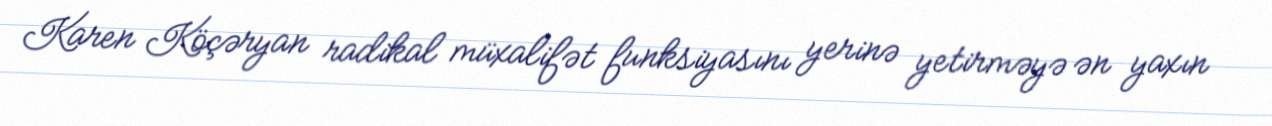
Karen Köçəryan radikal müxalifət funksiyasını yerinə yetirməyə ən yaxın